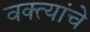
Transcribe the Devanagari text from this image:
वक्त्यांचे